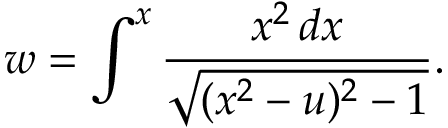
w = \int ^ { x } \frac { x ^ { 2 } \, d x } { \sqrt { ( x ^ { 2 } - u ) ^ { 2 } - 1 } } .